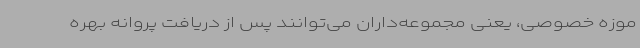
موزه خصوصی، یعنی مجموعه‌داران می‌توانند پس از دریافت پروانه بهره‌